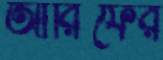
আরিফের